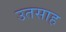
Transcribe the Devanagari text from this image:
उतसाह